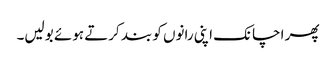
پھر اچانک اپنی رانوں کو بند کرتے ہوئے بولیں۔